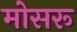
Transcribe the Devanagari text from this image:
मोसरू